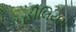
હીલિયમ